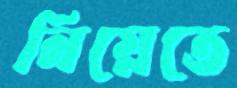
নিয়েতে